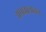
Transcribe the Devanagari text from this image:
अपघातातच